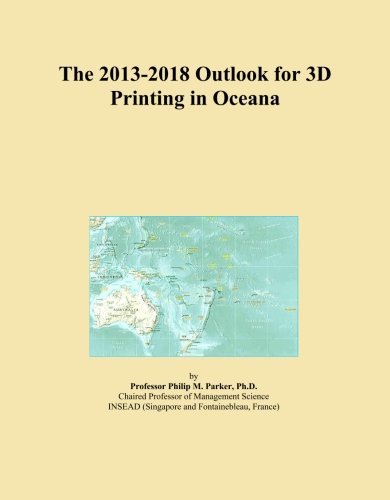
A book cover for The 2013-2018 Outlook for 3D Printing in Oceana; Icon Group International; Computers & Technology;